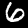
Digit: 6